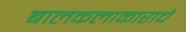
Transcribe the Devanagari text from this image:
बालकलाकाराचे